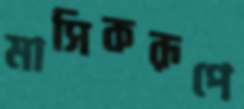
মাসিকরূপে